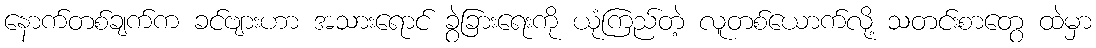
နောက်တစ်ချက်က ခင်ဗျားဟာ အသားရောင် ခွဲခြားရေးကို ယုံကြည်တဲ့ လူတစ်ယောက်လို့ သတင်းစာတွေ ထဲမှာ